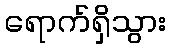
ရောက်ရှိသွား